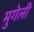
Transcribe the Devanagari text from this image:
मुगेली